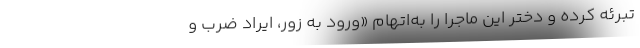
تبرئه کرده و دختر این ماجرا را به‌اتهام «ورود به زور، ایراد ضرب و